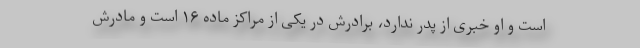
است و او خبری از پدر ندارد، برادرش در یکی از مراکز ماده ۱۶ است و مادرش